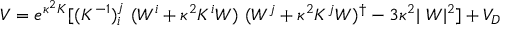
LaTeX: V = e ^ { \kappa ^ { 2 } K } [ ( K ^ { - 1 } ) _ { i } ^ { j } ~ ( W ^ { i } + \kappa ^ { 2 } K ^ { i } W ) ~ ( W ^ { j } + \kappa ^ { 2 } K ^ { j } W ) ^ { \dagger } - 3 \kappa ^ { 2 } \vert ~ W \vert ^ { 2 } ] + V _ { D }